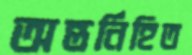
অন্তর্নিহিত